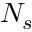
N _ { s }